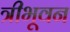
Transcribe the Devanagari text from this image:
त्रीभूवन